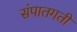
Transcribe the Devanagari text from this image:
संपातगती